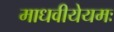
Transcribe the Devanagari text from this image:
माधवीयेयमः